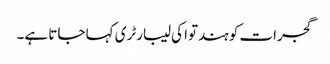
گجرات کو ہندتوا کی لیبارٹری کہا جاتا ہے۔